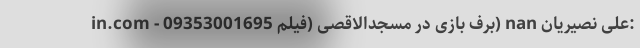
in.com - 09353001695 برف بازی در مسجدالاقصی (فیلم) nan علی نصیریان: